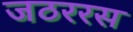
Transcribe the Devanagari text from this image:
जठररस